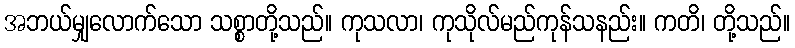
အဘယ်မျှလောက်သော သစ္စာတို့သည်။ ကုသလာ၊ ကုသိုလ်မည်ကုန်သနည်း။ ကတိ၊ တို့သည်။